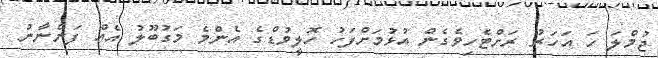
ޖުމްލަ ހަ އަހަރު ރަށްޓެހިވެގެން އުޅުމަށްފަހު ހޮލީވުޑްގެ އެންމެ މަގުބޫލު އެއް ފަންނާނު